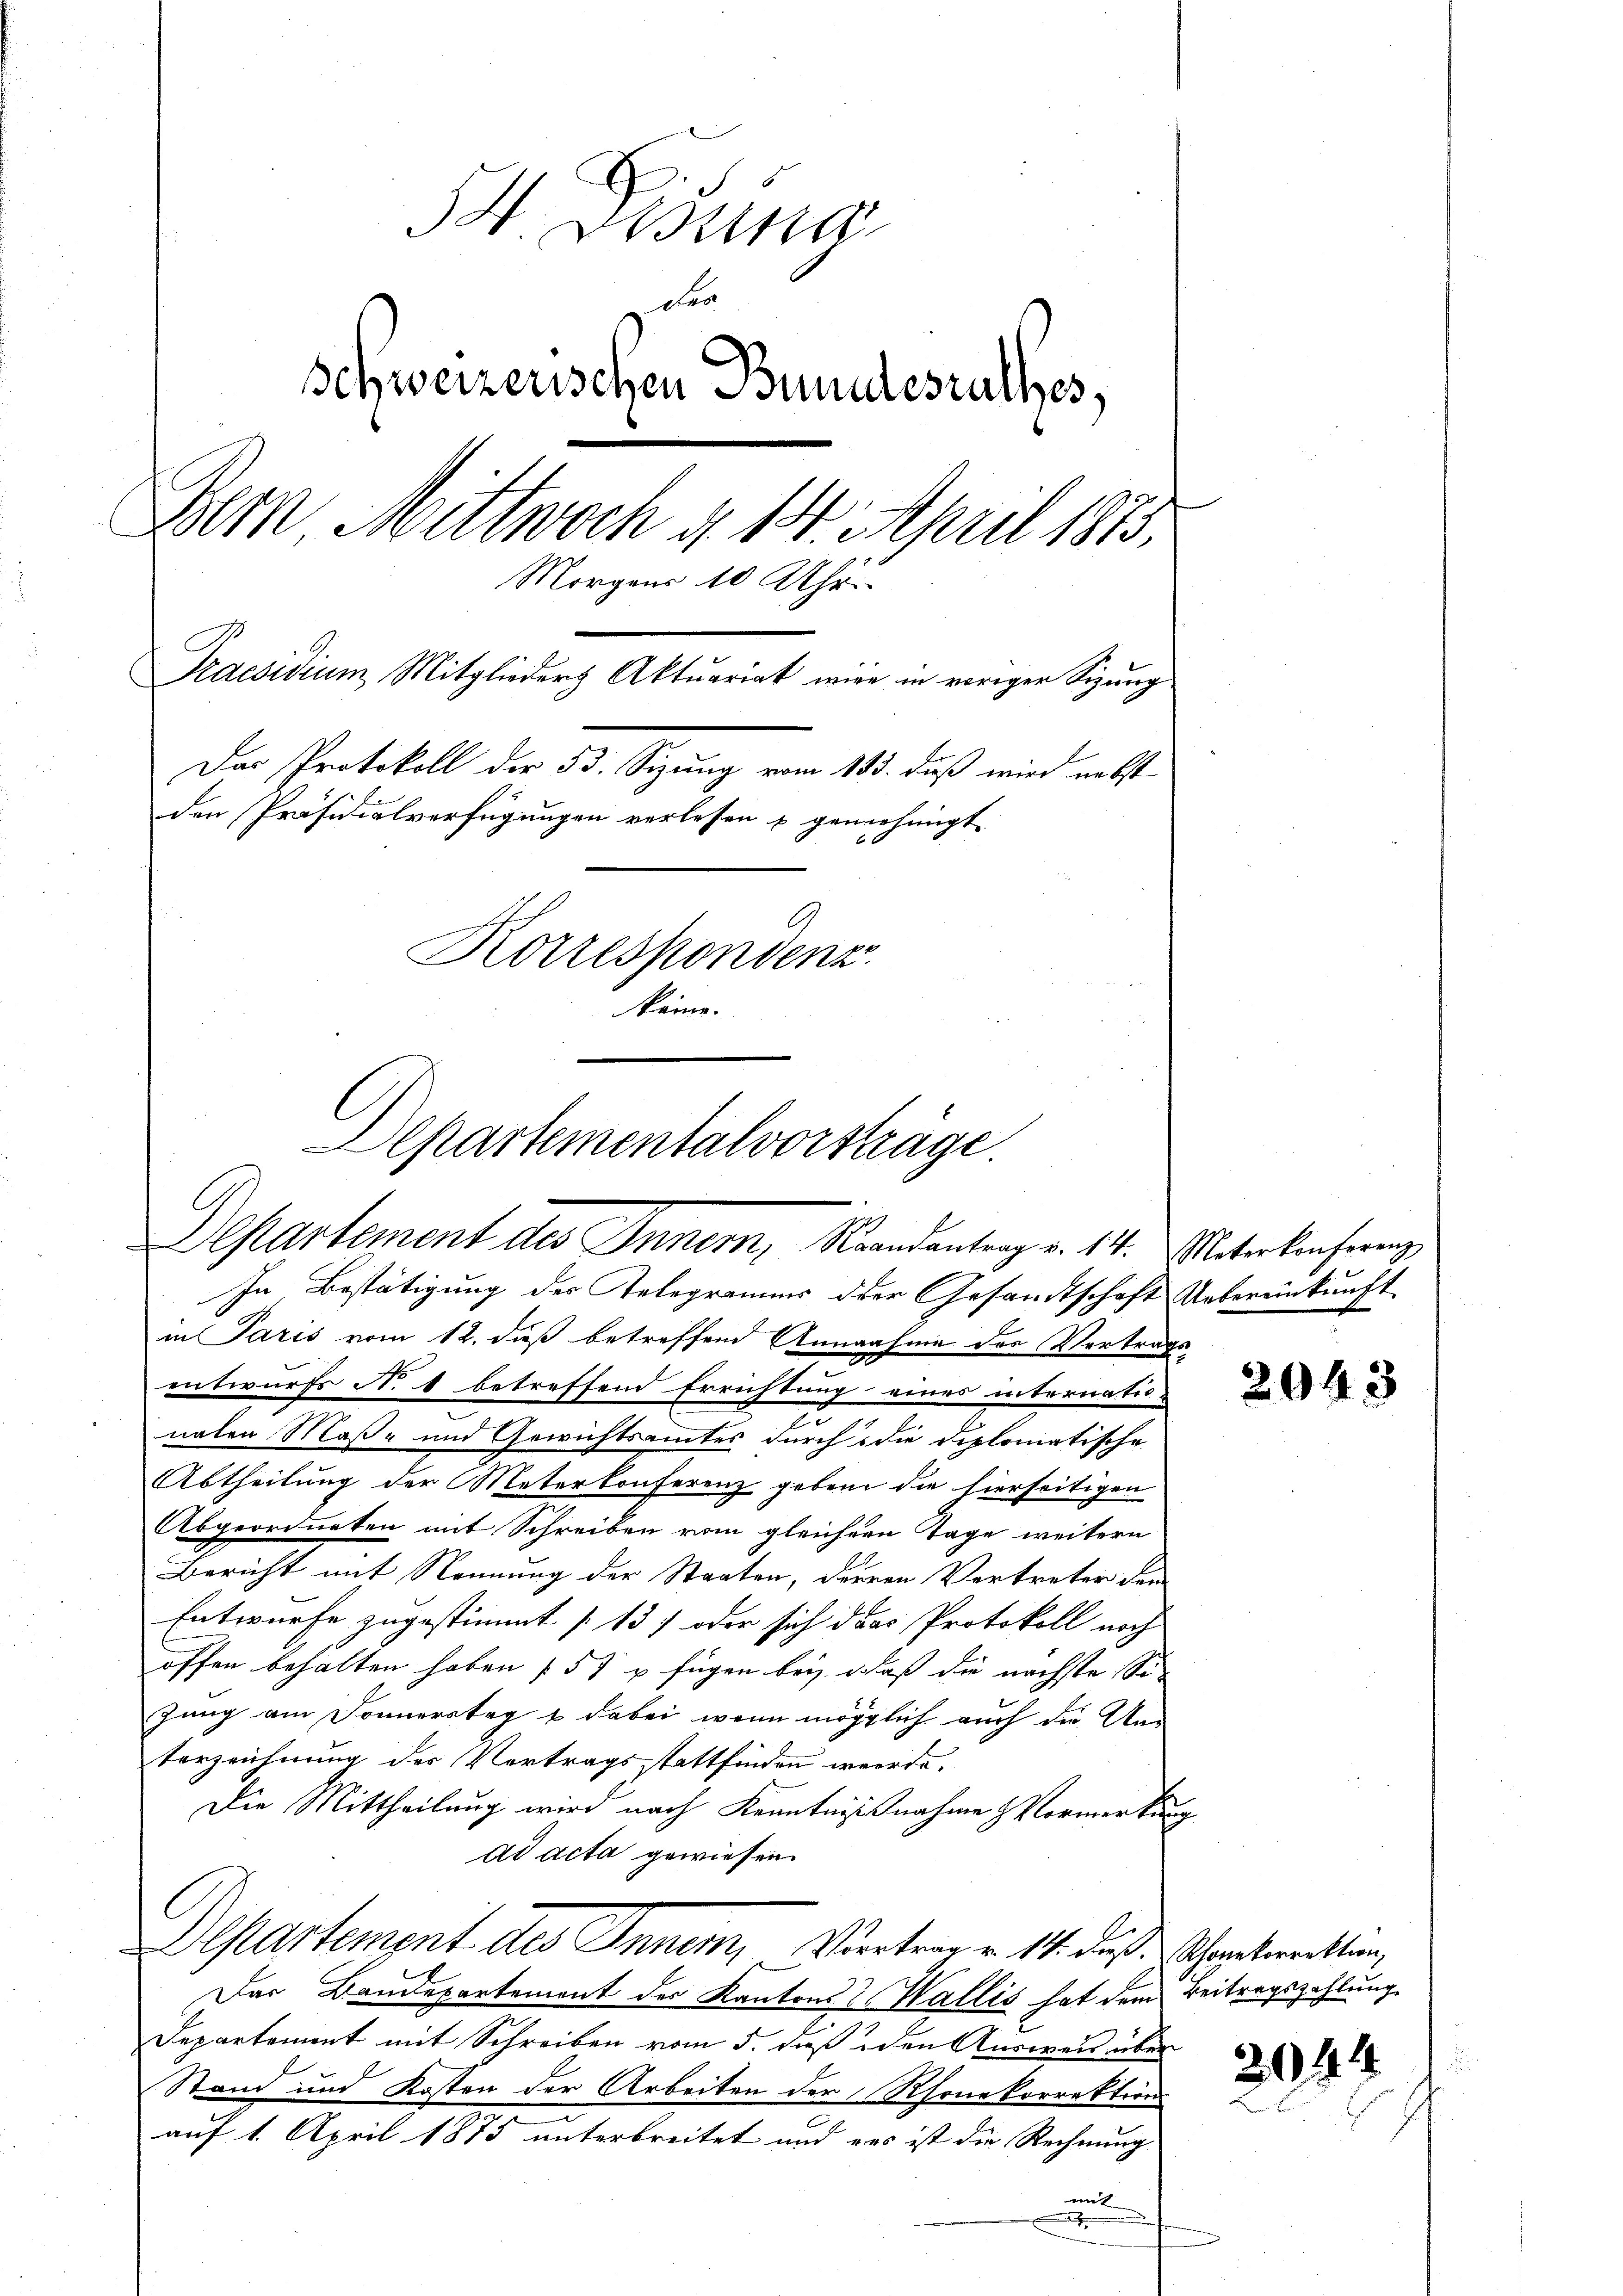
S. Visung
o
.
Schweizerischen Bundesrathes,
Dem Mittwoch d. 14. April 1873.
Morgens 10 Uhr.
Praesidium Mitglieders Aktuariat wie in voriger Sizung
Das Protokoll der 53. Sizung vom 13. daß wird nebst
den Präsidialverfügungen verlesen & genehmigt.
Korrespondenz.
könne.

In Bestätigung des Telegramens der Gesandtschaft Uebereinkunft
in Paris vom 12. dieß betreffend Annahme der Vertragsentwurfs No 1 betreffend Errichtung eines internatio-
naten Maß- und Gewichtsamtes durch die diplomatische
Abtheilung der Meterkonferenz geben die hierseitigen
Abgeordneten mit Schreiben vom gleichern Tage weitern
Bericht mit Nennung der Staaten, derren Vertreter dem
Entwurfe zugestimmt [13) oder sich das Protokoll noch
offen behalten haben (57 p fügen bey, daß die nächste Sizung am Donnerstag & dabei, wenn möglich auch die Unterzeichnung der Vertragsstattfinden werde.
Die Mittheilung wird nach Kenntnißnahme & Vormerkung
ad acta gewiesen.
Departement des Inner, Vertrag v. 14. daß Schankwerkten,
Das Baudepartement der Kantons & Wallis hat dem Beitragszahlung
Departement mit Schreiben vom 5. dieß den Ausweis über
Stand und Kosten der Arbeiten der Rhonekorrektion
auf 1. April 1875 unterbreitet und was ist die Rechnung
mit

Departementalvorstage.
Separtement des Inner, Brandantrag v. 14. Unterkonferenz

2043

2044